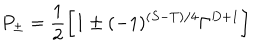
LaTeX: P _ { \pm } = \frac { 1 } { 2 } \biggl [ 1 \pm ( - 1 ) ^ { ( S - T ) / 4 } \Gamma ^ { D + 1 } \biggr ]